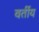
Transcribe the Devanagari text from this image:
वर्तीय